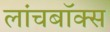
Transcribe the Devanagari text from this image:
लांचबॉक्स